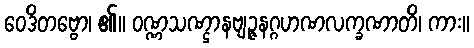
ဝေဒိတဗ္ဗော၊ ၏။ ဝဏ္ဏသဏ္ဌာနဗျဉ္ဇနဂ္ဂဟဏလက္ခဏာတိ၊ ကား။